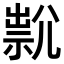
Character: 𡰇